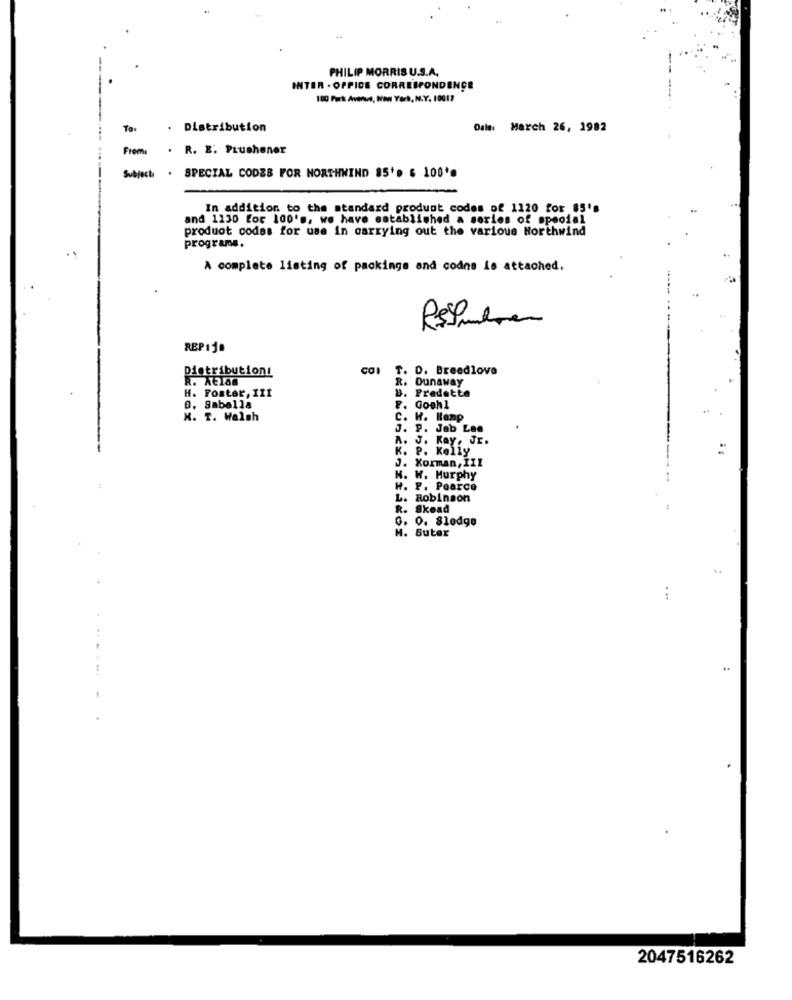
PHILIP MORRIS U.S.A.
INTER - OFFICE CORRESPONDINGE
100 Park Avenue, Non York, N.Y. 10017
To.
. Distribution
Ouls: March 26, 1982
From
R. E. PLuchoner
Subject
. SPECIAL CODES POR NORTHWIND 85'e & 100 **
In addition to the standard product codes of 1120 for 85's
and 1130 for 100's, we have established a series of special
product codes for use in carrying out the various Northwind
programs.
A complete listing of packings and codne is attached,
Restunden
REP110
Distributions
T. D. Breedlove
R. NE188
R. Dunaway
H. Foster, III
D. Saballa
8. Predette
F. Goshl
..
H. T. Walsh
c.
H. Hanp
J. P. Jab Lan
A.
J. Kay, Jr.
K. P. Kelly
J. Xorman, III
N. W. Murphy
W. P. Pearce
L. Robinson
R. Skead
G. O. Sledge
H. Suter
...
..
2047516262